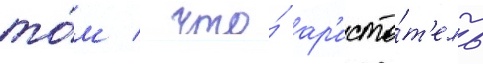
то́м / что́ ар'исто́т'ель